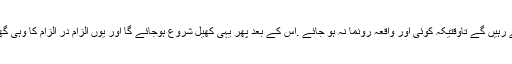
سب اپنے اپنے جھوٹوں کو چند دن سچ ثابت کرتے رہیں گے تاوقتیکہ کوئی اور واقعہ رونما نہ ہو جائے .اس کے بعد پھر یہی کھیل شروع ہوجائے گا اور یوں الزام در الزام کا وہی گھن چکر چلتا رہے گا جو عرصے سے جاری ہے ۔